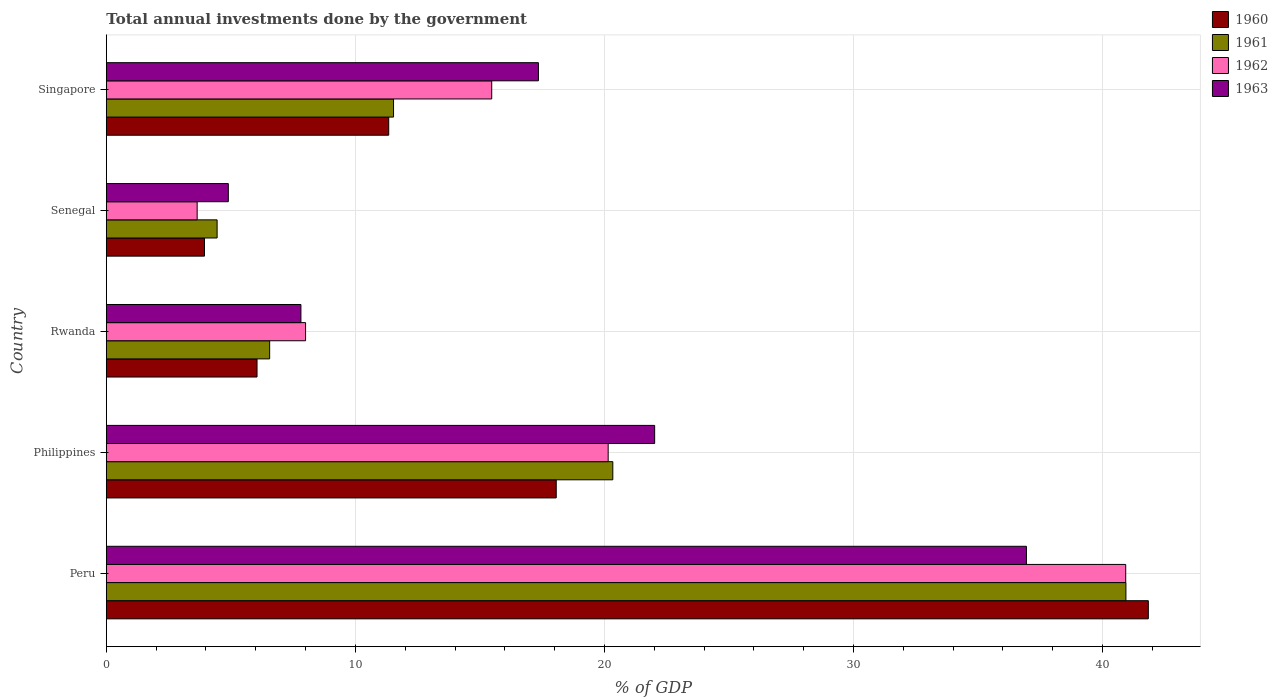
| Country | 1960 | 1961 | 1962 | 1963 |
 | --- | --- | --- | --- | --- |
 | Peru | 41.8 | 40.9 | 40.9 | 36.9 |
 | Philippines | 18.1 | 20.3 | 20.1 | 22 |
 | Rwanda | 6.05 | 6.56 | 8 | 7.81 |
 | Senegal | 3.94 | 4.45 | 3.65 | 4.9 |
 | Singapore | 11.3 | 11.5 | 15.5 | 17.3 |